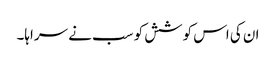
ان کی اس کوشش کو سب نے سراہا۔